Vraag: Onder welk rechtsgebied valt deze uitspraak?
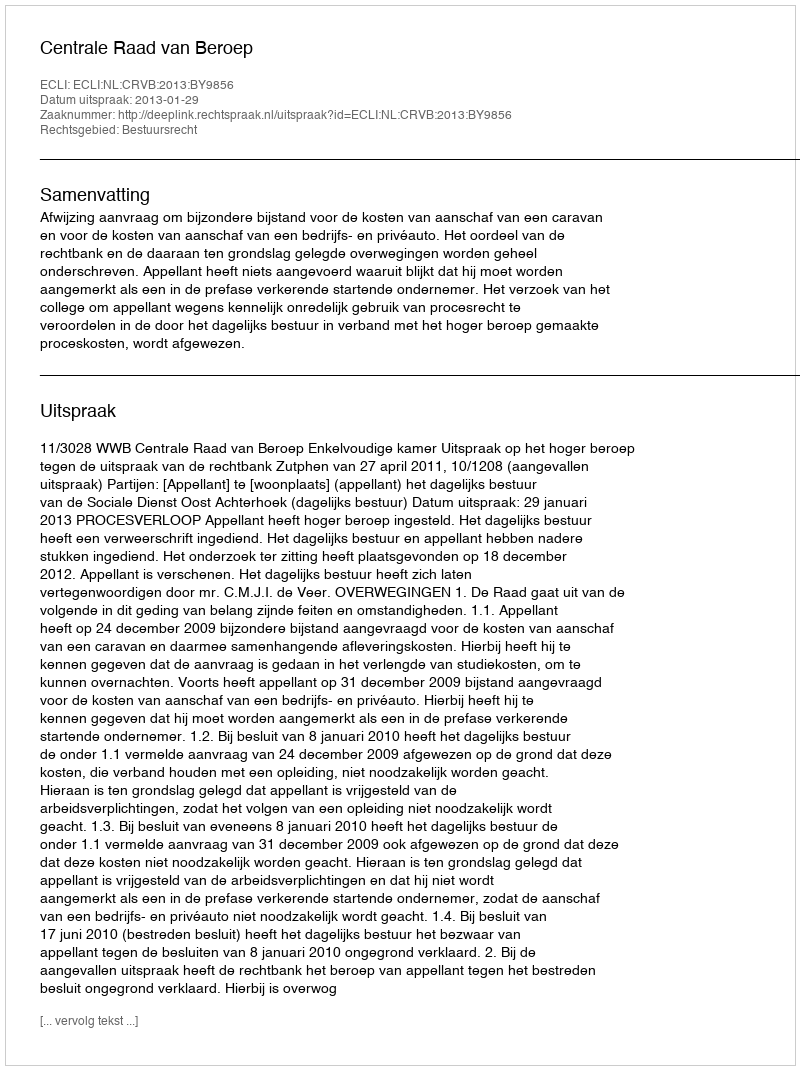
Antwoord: Bestuursrecht